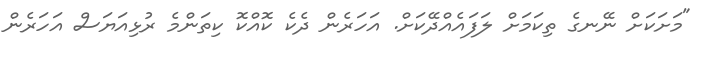
"މަށަކަށް ނޭނގެ ތިކަމަށް ލަފައެއްދޭކަށް. އަހަރެން ދެކެ ކޮއްކޮ ކިތަންމެ ރުޅިއަޔަސް އަހަރެން